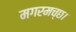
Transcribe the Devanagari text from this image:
मगरमच्छ।